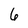
Character: 6